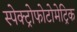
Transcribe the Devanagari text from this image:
स्पेक्ट्रोफोटोमेट्रिक